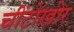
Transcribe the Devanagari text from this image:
चींटोखोर